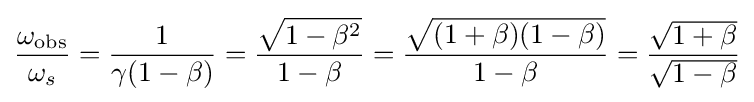
{\frac {\omega _{\mathrm {obs} }}{\omega _{s}}}={\frac {1}{\gamma (1-\beta )}}={\frac {\sqrt {1-\beta ^{2}}}{1-\beta }}={\frac {\sqrt {(1+\beta )(1-\beta )}}{1-\beta }}={\frac {\sqrt {1+\beta }}{\sqrt {1-\beta }}}